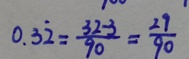
0 . 3 \dot { 2 } = \frac { 3 2 - 3 } { 9 0 } = \frac { 2 9 } { 9 0 }